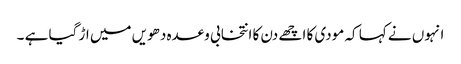
انہوں نے کہا کہ مودی کا اچھے دن کا انتخابی وعدہ دھویں میں اڑ گیا ہے ۔